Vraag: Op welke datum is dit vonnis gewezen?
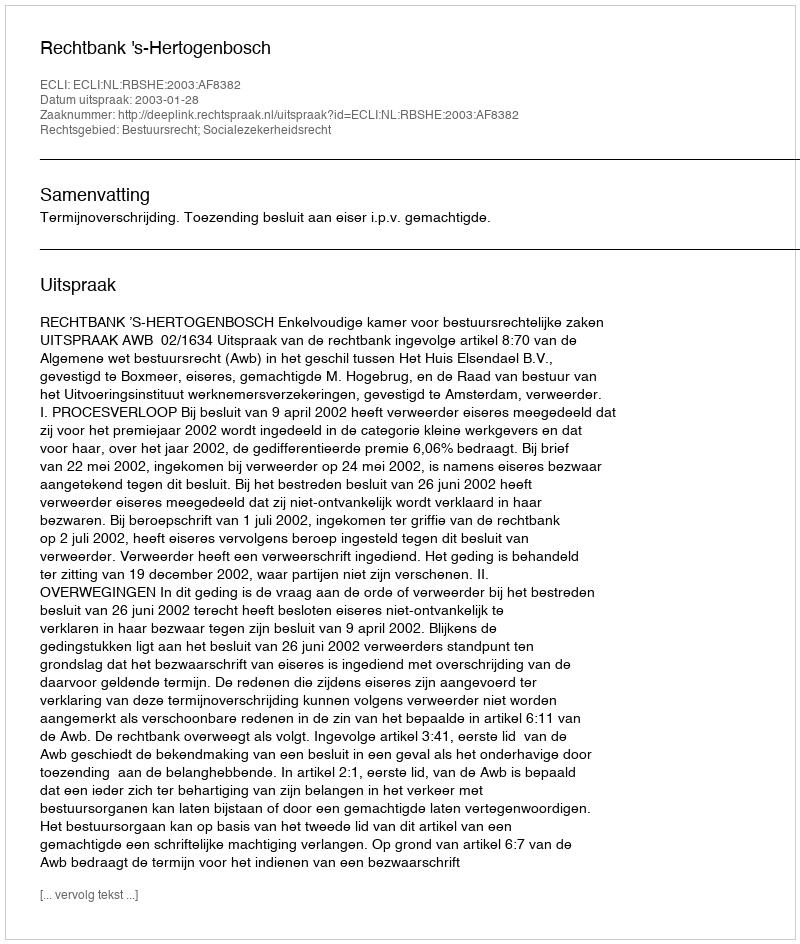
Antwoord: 2003-01-28